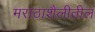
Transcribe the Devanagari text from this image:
मराठाशैलीतील